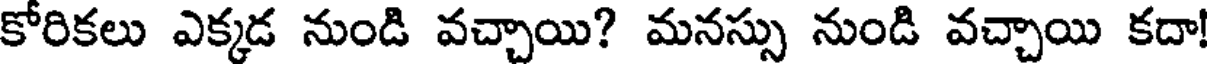
కోరికలు ఎక్కడ నుండి వచ్చాయి? మనస్సు నుండి వచ్చాయి కదా